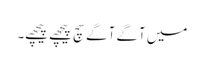
میں آگے آگے سچ پیچھے پیچھے۔